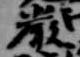
厳